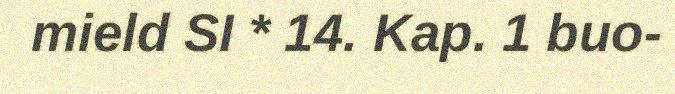
mield SI * 14. Kap. 1 buo-